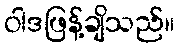
ဝါဒဖြန့်ချိသည်။